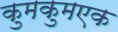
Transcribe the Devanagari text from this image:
कुमकुमएक